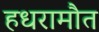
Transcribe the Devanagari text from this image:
हधरामौत